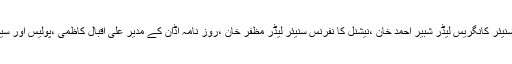
22عامر سہیل کی نماز جنازہ میں سابق ریاستی وزیر و سنیئر کانگریس لیڈر شبیر احمد خان ،نیشنل کا نفرنس سنیئر لیڈر مظفر خان ،روز نامہ اڈان کے مدیر علیٰ اقبال کاظمی ،پولیس اور سیول انتظامیہ کے آفیسرا ن وملازمین نے بھی شرکت کی ۔